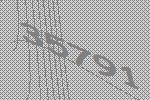
35791